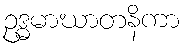
ဥဒ္ဓမာဃာတနိကာ